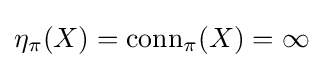
\eta _{\pi }(X)={\text{conn}}_{\pi }(X)=\infty